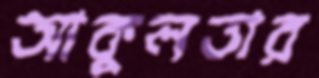
আকুলতার